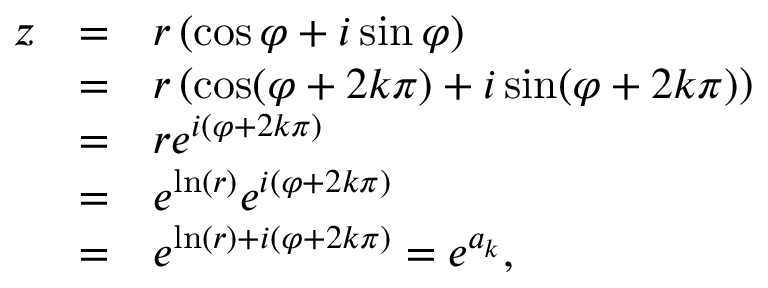
{ \begin{array} { l l l } { z } & { = } & { r \left( \cos \varphi + i \sin \varphi \right) } \\ & { = } & { r \left( \cos ( \varphi + 2 k \pi ) + i \sin ( \varphi + 2 k \pi ) \right) } \\ & { = } & { r e ^ { i ( \varphi + 2 k \pi ) } } \\ & { = } & { e ^ { \ln ( r ) } e ^ { i ( \varphi + 2 k \pi ) } } \\ & { = } & { e ^ { \ln ( r ) + i ( \varphi + 2 k \pi ) } = e ^ { a _ { k } } , } \end{array} }